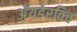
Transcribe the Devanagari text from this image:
अॅयडेरविच